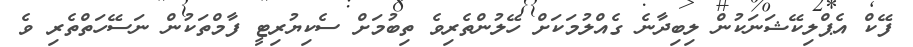
ފޭކް އެޕްލިކޭޝަނަކުން ލިބިދާނެ ގެއްލުމަކަށް ހޭލުންތެރިވެ ތިބުމަށް ސެކިޔުރިޓީ ފާމްތަކުން ނަސޭހަތްތެރި ވެ